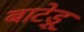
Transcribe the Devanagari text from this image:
बाटेड़ू